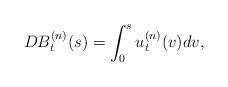
LaTeX: \begin{align*}DB_{t}^{(n)}(s)=\int_{0}^{s}u_{t}^{(n)}(v)dv,\end{align*}